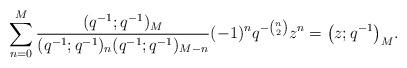
LaTeX: \begin{gather*}\sum_{n=0}^M{\frac{(q^{-1}; q^{-1})_M}{(q^{-1}; q^{-1})_n(q^{-1}; q^{-1})_{M-n}}(-1)^nq^{-{n \choose 2}}z^n} = \big(z; q^{-1}\big)_M.\end{gather*}